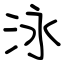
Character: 泳